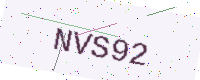
Text: NVS92